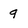
Character: 9